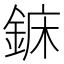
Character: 𨧖